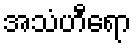
အသံဟီရော